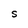
Character: S